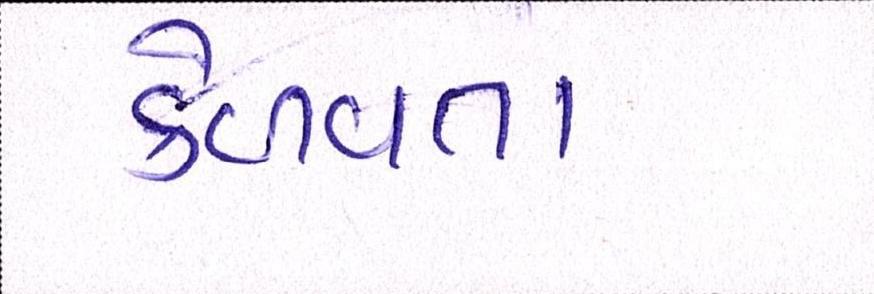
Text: કેળવતા